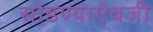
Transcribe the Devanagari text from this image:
सोडण्याऐवजी